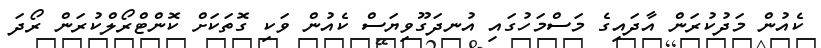
ކެއުން މަދުކުރަން އާދައިގެ މަސްމަހުގައި އުނދަގޫވިޔަސް ކެއުން ވަކި ގޮތަކަށް ކޮންޓްރޯލްކުރަން ރޯދަ